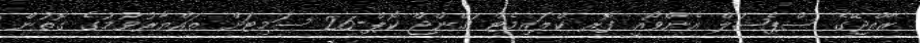
ރާއްޖޭގެ ސްޕެޝަލް އެންވޯއީ ފޮރ ކްލައިމެޓް ޗޭންޖް ކޮޕް-26 ސަމިޓަށް ތައްޔާރުވުމުގެ ގޮތުން